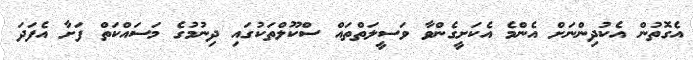
އެގޮތުން އެކުދިންނަށް އެންމެ އެކަށީގެންވާ ވަސީލަތްތައް ސްކޫލްތަކުގައި ދިނުމުގެ މަސައްކަތް ފަށާ އެފަދަ